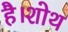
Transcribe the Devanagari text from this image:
है।शोथ